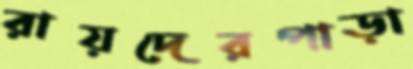
রায়দেরপাড়া